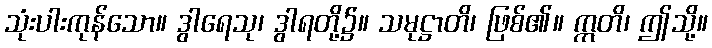
သုံးပါးကုန်သော။ ဒွါရေသု၊ ဒွါရတို့၌။ သမုဋ္ဌာတိ၊ ဖြစ်၏။ ဣတိ၊ ဤသို့။